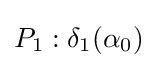
P_{1}:\delta _{1}(\alpha _{0})